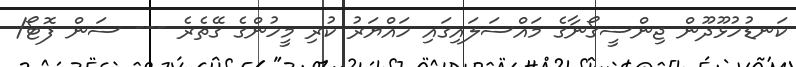
ކަނޑުހުޅޫދޫން ޖިންސީގޯނާގެ މައްސަލައިގައި ހައްޔަރު ކުރި މީހުންގެ ގޭތެރެ --- ސަން ފޮޓޯ/